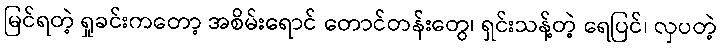
မြင်ရတဲ့ ရှုခင်းကတော့ အစိမ်းရောင် တောင်တန်းတွေ၊ ရှင်းသန့်တဲ့ ရေပြင်၊ လှပတဲ့